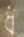
ধ